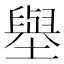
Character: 𡒊